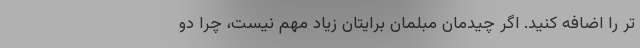
تر را اضافه کنید. اگر چیدمان مبلمان برایتان زیاد مهم نیست، چرا دو